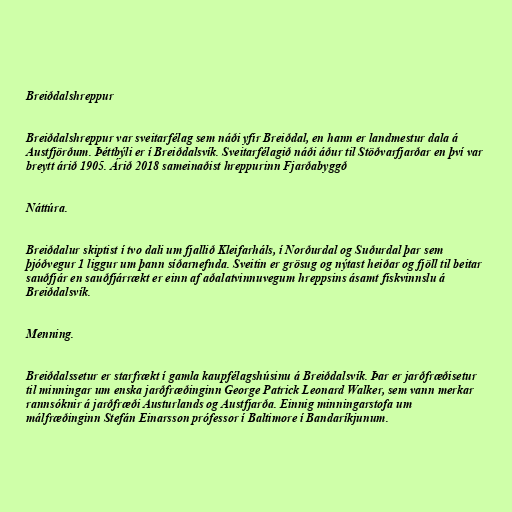
Breiðdalshreppur

Breiðdalshreppur var sveitarfélag sem náði yfir Breiðdal, en hann er landmestur dala á
Austfjörðum. Þéttbýli er í Breiðdalsvík. Sveitarfélagið náði áður til Stöðvarfjarðar en því var
breytt árið 1905. Árið 2018 sameinaðist hreppurinn Fjarðabyggð

Náttúra.

Breiðdalur skiptist í tvo dali um fjallið Kleifarháls, í Norðurdal og Suðurdal þar sem
þjóðvegur 1 liggur um þann síðarnefnda. Sveitin er grösug og nýtast heiðar og fjöll til beitar
sauðfjár en sauðfjárrækt er einn af aðalatvinnuvegum hreppsins ásamt fiskvinnslu á
Breiðdalsvík.

Menning.

Breiðdalssetur er starfrækt í gamla kaupfélagshúsinu á Breiðdalsvík. Þar er jarðfræðisetur
til minningar um enska jarðfræðinginn George Patrick Leonard Walker, sem vann merkar
rannsóknir á jarðfræði Austurlands og Austfjarða. Einnig minningarstofa um
málfræðinginn Stefán Einarsson prófessor í Baltimore í Bandaríkjunum.